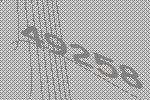
49258